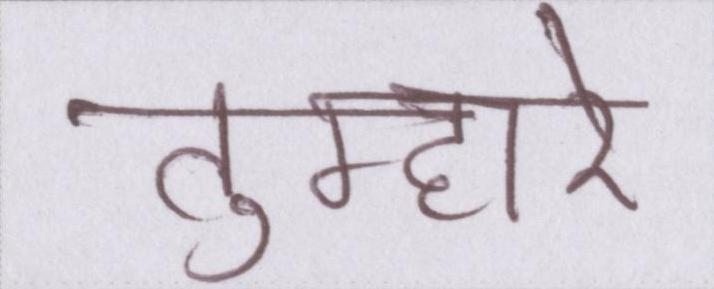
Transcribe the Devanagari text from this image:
तुम्हारे